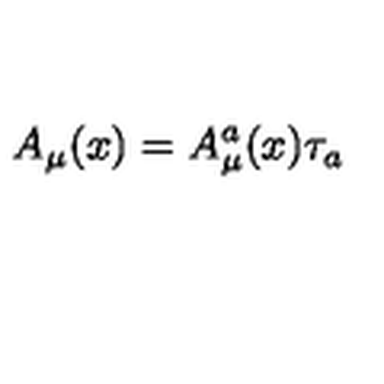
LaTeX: A _ { \mu } ( x ) = A _ { \mu } ^ { a } ( x ) \tau _ { a }